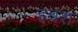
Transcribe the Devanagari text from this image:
हबश